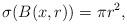
LaTeX: \begin{align*}\sigma(B(x,r))=\pi r^2,\end{align*}